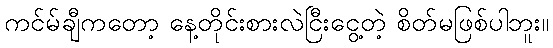
ကင်မ်ချီကတော့ နေ့တိုင်းစားလဲငြီးငွေ့တဲ့ စိတ်မဖြစ်ပါဘူး။